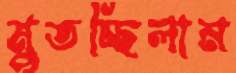
মুতচ্ছিলাম